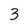
Character: 3